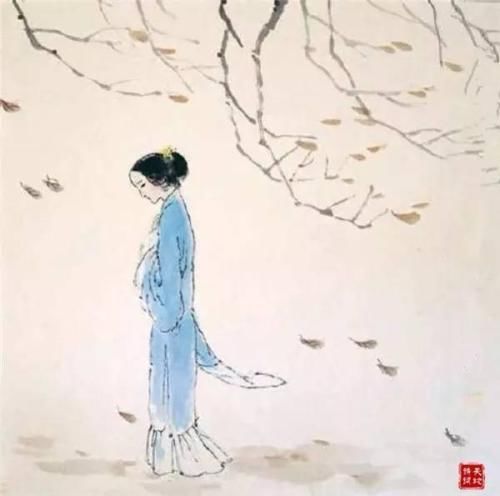
雨横风狂三月暮，门掩黄昏，无计留春住。